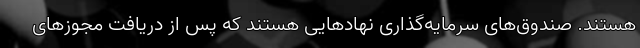
هستند. صندوق‌های سرمایه‌گذاری نهادهایی هستند که پس از دریافت مجوزهای